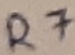
Text: R7